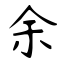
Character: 余